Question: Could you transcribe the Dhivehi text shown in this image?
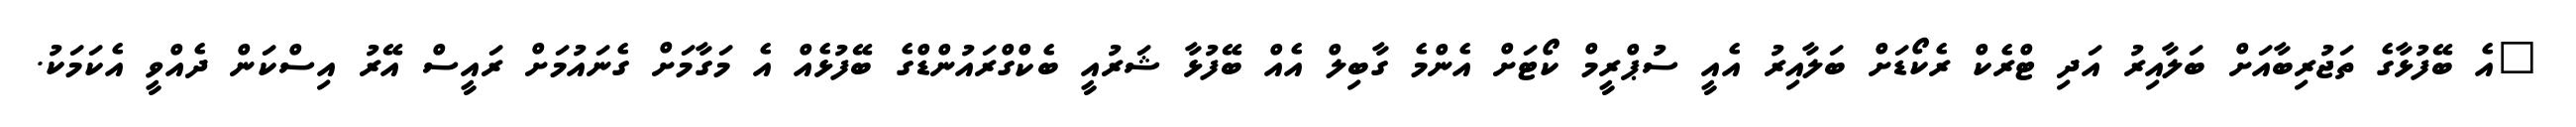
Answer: "އެ ބޭފުޅާގެ ތަޖުރިބާއަށް ބަލާއިރު އަދި ޓްރެކް ރެކޯޑަށް ބަލާއިރު އެއީ ސުޕްރީމް ކޯޓަށް އެންމެ ގާބިލް އެއް ބޭފުޅާ ޝަރުއީ ބެކްގްރައުންޑްގެ ބޭފުޅެއް އެ މަގާމަށް ގެނައުމަށް ރައީސް އޭރު އިސްކަން ދެއްވީ އެކަމަކު.